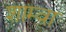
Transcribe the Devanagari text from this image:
शाम्वा